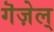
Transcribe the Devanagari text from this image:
गॆज़ेल्